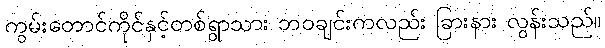
ကွမ်းတောင်ကိုင်နှင့်တစ်ရွာသား ဘဝချင်းကလည်း ခြားနား လွန်းသည်။